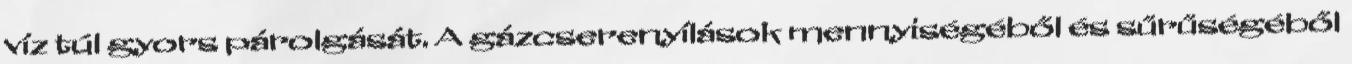
víz túl gyors párolgását. A gázcserenyílások mennyiségéből és sűrűségéből